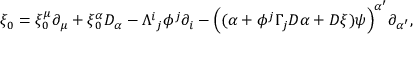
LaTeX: \xi _ { 0 } = \xi _ { 0 } ^ { \mu } \partial _ { \mu } + \xi _ { 0 } ^ { \alpha } D _ { \alpha } - \Lambda ^ { i } { } _ { j } \phi ^ { j } \partial _ { i } - \Big ( ( \alpha + \phi ^ { j } \Gamma _ { j } D \alpha + D \xi ) \psi \Big ) ^ { \alpha ^ { \prime } } \partial _ { \alpha ^ { \prime } } ,